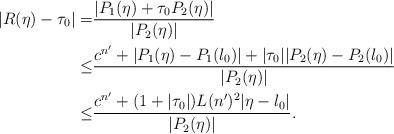
LaTeX: \begin{align*}|R(\eta)-\tau_0|=&\frac{|P_1(\eta)+\tau_0P_2(\eta)|}{|P_2(\eta)|}\\\le&\frac{c^{n'}+|P_1(\eta)-P_1(\l_0)|+|\tau_0||P_2(\eta)-P_2(\l_0)|}{|P_2(\eta)|}\\\le&\frac{c^{n'}+(1+|\tau_0|)L(n')^2|\eta-\l_0|}{|P_2(\eta)|}.\end{align*}